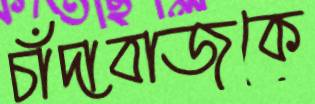
চাঁদাবাজকে